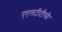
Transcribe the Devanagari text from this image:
एएलटीटीसी